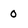
Character: 0